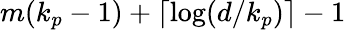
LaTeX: m(k_{p}-1)+\lceil\log(d/k_{p})\rceil-1